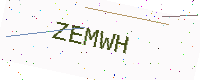
Text: ZEMWH